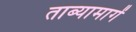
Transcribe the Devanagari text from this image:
ताब्यामागें